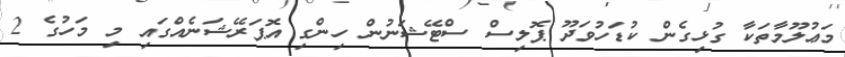
މަޢުލޫމާތަކާ ގުޅިގެން ކުޑަހުވަދޫ ޕޮލިސް ސްޓޭޝަނުން ހިންގި އޮޕަރޭޝަނެއްގައި މި މަހުގެ 2